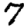
Digit: 7